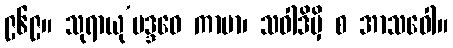
၉၆၉။ သုရာယု’ပဒ္ဒဝေ ကာမာ၊ သဝါဒိမှိ စ အာသဝေါ။